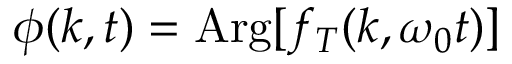
\phi ( k , t ) = \mathrm { A r g } [ f _ { T } ( k , \omega _ { 0 } t ) ]